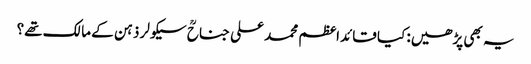
یہ بھی پڑھیں: کیا قائداعظم محمد علی جناحؒ سیکولر ذہن کے مالک تھے؟